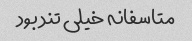
متاسفانه خیلی تند بود